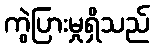
ကွဲပြားမှုရှိသည်